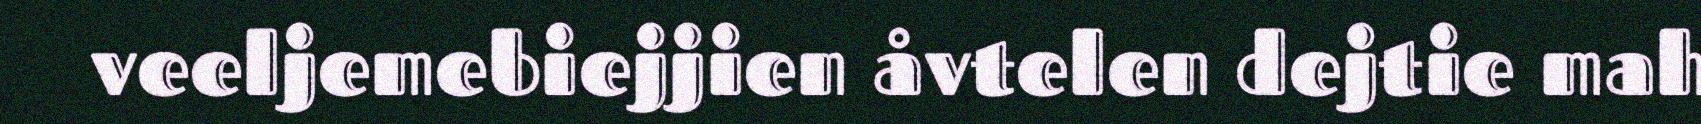
veeljemebiejjien åvtelen dejtie mah